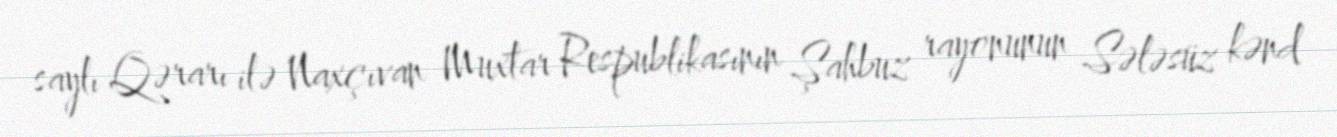
saylı Qərarı ilə Naxçıvan Muxtar Respublikasının Şahbuz rayonunun Sələsüz kənd